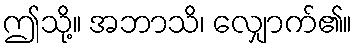
ဤသို့။ အဘာသိ၊ လျှောက်၏။